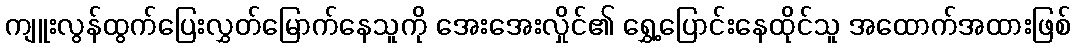
ကျူးလွန်ထွက်ပြေးလွှတ်မြောက်နေသူကို အေးအေးလှိုင်၏ ရွှေ့ပြောင်းနေထိုင်သူ အထောက်အထားဖြစ်